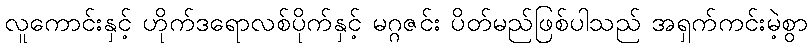
လူကောင်းနှင့် ဟိုက်ဒရောလစ်ပိုက်နှင့် မဂ္ဂဇင်း ပိတ်မည်ဖြစ်ပါသည် အရှက်ကင်းမဲ့စွာ